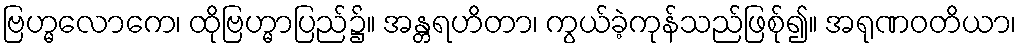
ဗြဟ္မလောကေ၊ ထိုဗြဟ္မာပြည်၌။ အန္တရဟိတာ၊ ကွယ်ခဲ့ကုန်သည်ဖြစ်ု၍။ အရုဏဝတိယာ၊